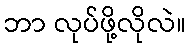
ဘာ လုပ်ဖို့လိုလဲ။